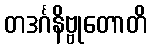
တဒင်္ဂနိဗ္ဗုတောတိ